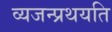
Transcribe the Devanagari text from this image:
व्यजन्प्रथयति